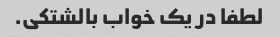
لطفا در یک خواب بالشتکی.